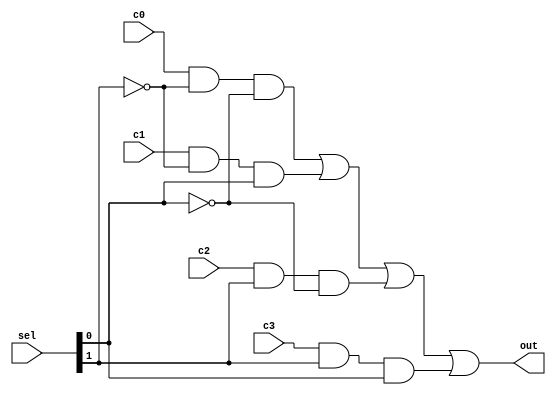
//4:1 MULTIPLEXER
//Allows you to select 1 out of 4 1-bit binary numbers
module mux (output out,
				input c0,
				input c1,
				input c2,
				input c3,
				input [1:0] sel
				);
	wire s0not,s1not;
	wire w1,w2,w3,w4;
	
	not (s0not,sel[0]);
	not (s1not,sel[1]);
	
	and (w1,c0,s1not,s0not);
	and (w2,c1,s1not,sel[0]);
	and (w3,c2,sel[1],s0not);
	and (w4,c3,sel[1],sel[0]);
	
	or or1(out,w1,w2,w3,w4);

endmodule